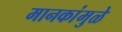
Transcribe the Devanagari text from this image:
मानकांमुळे